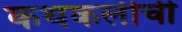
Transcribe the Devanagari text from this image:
कथकलीची